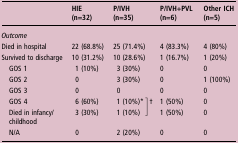
<table><thead><tr><td></td><td><b>HIE (n=32)</b></td><td><b>P/IVH (n=35)</b></td><td></td><td><b>P/IVH+PVL (n=6)</b></td><td><b>Other ICH (n=5)</b></td></tr></thead><tbody><tr><td colspan="6"><i>Outcome</i></td></tr><tr><td>Died in hospital</td><td>22 (68.8%)</td><td>25 (71.4%)</td><td></td><td>4 (83.3%)</td><td>4 (80%)</td></tr><tr><td>Survived to discharge</td><td>10 (31.2%)</td><td>10 (28.6%)</td><td></td><td>1 (16.7%)</td><td>1 (20%)</td></tr><tr><td> GOS 1</td><td>1 (10%)</td><td>3 (30%)</td><td></td><td>0</td><td>0</td></tr><tr><td> GOS 2</td><td>0</td><td>3 (30%)</td><td></td><td>0</td><td>1 (100%)</td></tr><tr><td> GOS 3</td><td>0</td><td>0</td><td></td><td>0</td><td>0</td></tr><tr><td> GOS 4</td><td>6 (60%)</td><td>1 (10%)*</td><td rowspan="2">]†</td><td>1 (50%)</td><td>0</td></tr><tr><td> Died in infancy/childhood</td><td>3 (30%)</td><td>1 (10%)</td><td>1 (50%)</td><td>0</td></tr><tr><td> N/A</td><td>0</td><td>2 (20%)</td><td></td><td>0</td><td>0</td></tr></tbody></table>